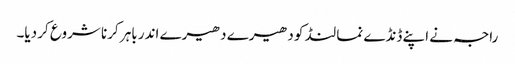
راجہ نے اپنے ڈنڈے نما لنڈ کو دھیرے دھیرے اندر باہر کرنا شروع کر دیا۔